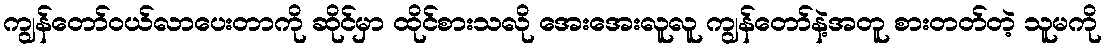
ကျွန်တော်ဝယ်လာပေးတာကို ဆိုင်မှာ ထိုင်စားသလို အေးအေးလူလူ ကျွန်တော်နဲ့အတူ စားတတ်တဲ့ သူမကို